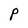
Character: P